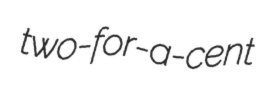
two-for-a-cent